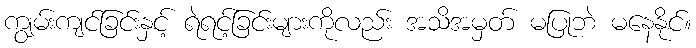
ကျွမ်းကျင်ခြင်းနှင့် ရဲရင့်ခြင်းများကိုလည်း အသိအမှတ် မပြုဘဲ မနေနိုင်။